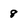
Character: 8